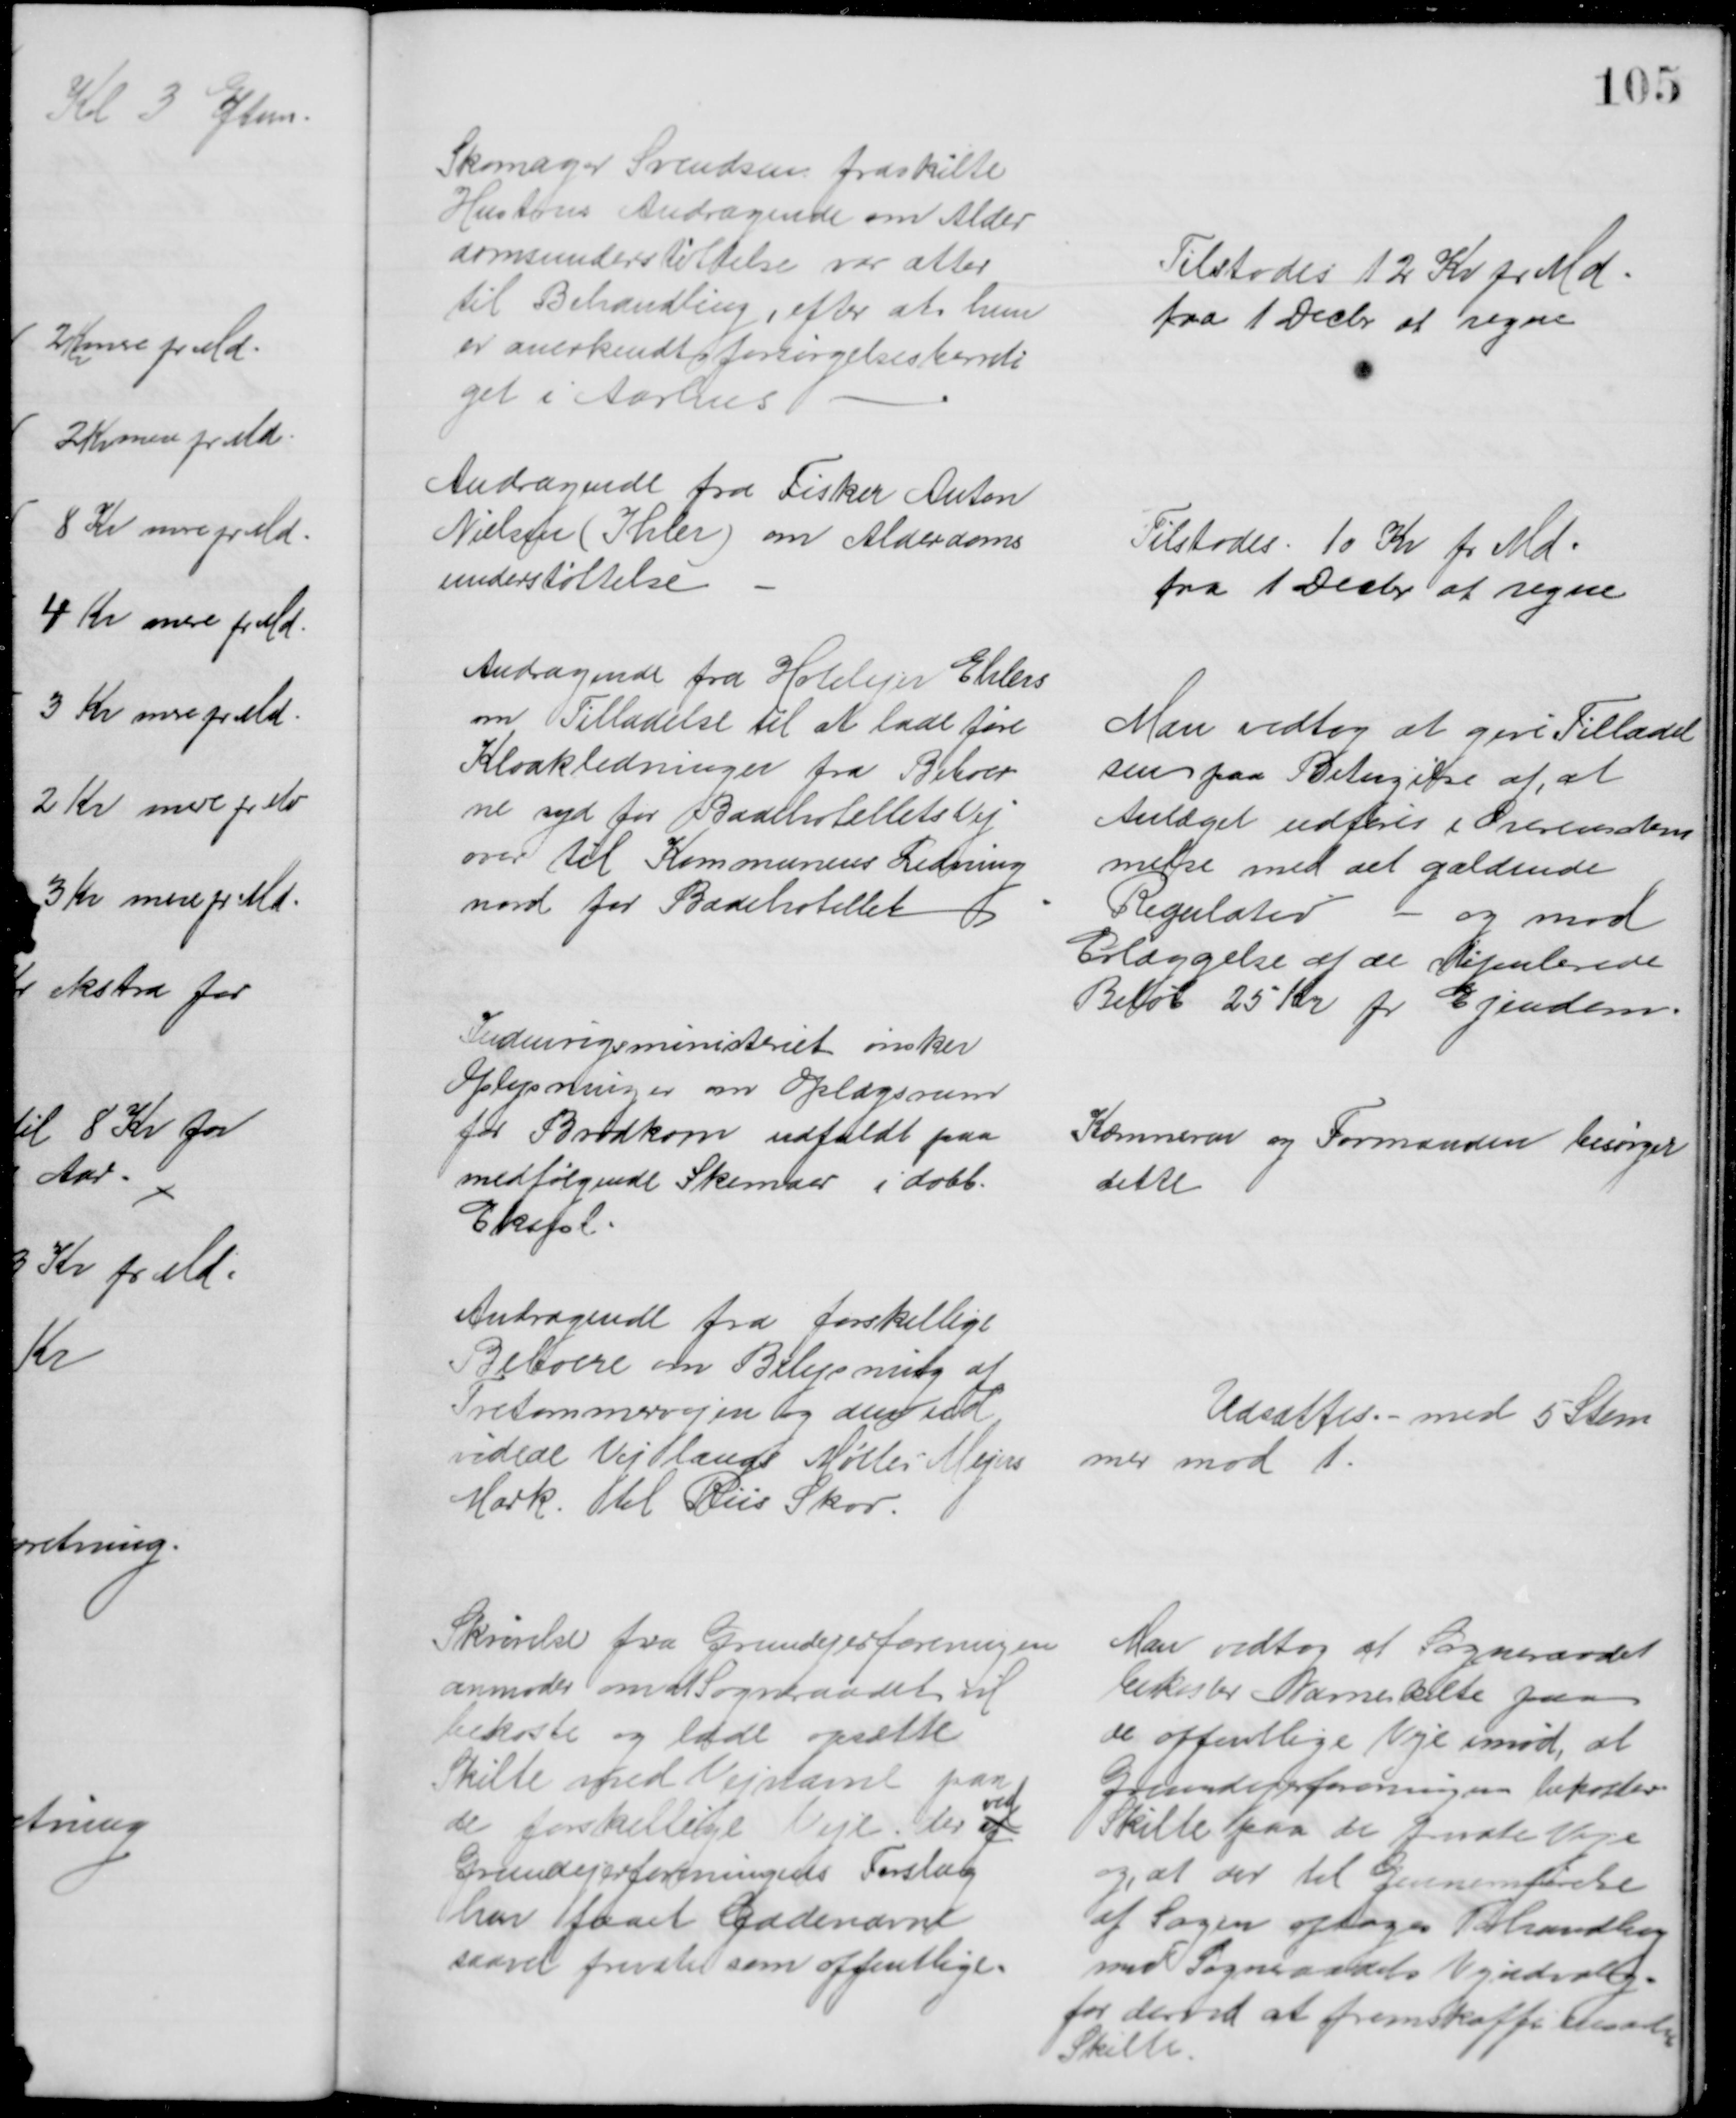
Transskription:
Skomager Svendsen fraskilte
Hustrus Andragende om Alder
domsunderstøttelse var atter
til Behandling, efter at hun
er anerkendt forsørgelsesberreti
get i Aarhus
Tilstodes 12 Kr pr Md.
fra 1 Decbr at regne
Andragende fra Fisker Anton
Nielsen (Ihler) om Alderdoms
understøttelse
Tilstodes 10 Kr pr Md.
fra 1 Decbr at regne
Andragende fra Hotelejer Ehlers
om Tilladelse til at lade føre
Kloakledninger fra Beboer
ne syd for Badehotellets Vej
over til Kommunens Ledning
nord for Badehotellet
Man vedtog at give Tilladel
sen paa Betingelse af, at 
Anlæget udføres i Overensstem
melse med det gældende
Regulativ - og mod
Erlæggelse af de dipulerede
Beløb 25 Kr pr Ejendom.
Indenrigsministeriet ønsker
Oplysninger om Oplagsrum
for Brødkorn udfaldt paa
medfølgende Skemaer i dobb.
Ekspl.
Kæmneren og Formanden besørger
dette
Andragende fra forskellige
Beboere om Belysning af
Tretommervejen og den ud
videde Vej langs Møller-Meyers
Mark til Riis Skov.
Udsattes. - med 5 Stem
mer mod 1.
Skrivelse fra Grundejerforeningen
anmoder om at Sogneraadet vil 
bekoste og lade opsætte
Skilte med Vejnavne paa
de forskellige Veje, der af
ved
Grundejerforeningens Forslag
har faaet Gadenavne
saavel private som offentlige.
Man vedtog at Sogneraadet
bekoster Navneskilte paa
de offentlige Veje imod, at 
Grundejerforeningen bekoster
Skilte paa de private Veje
og, at der til Gennemførelse
af Sagen optages Forhandling
med Sogneraadets Vejudvalg.
for derved at fremskaffe ensartede  
Skilte.